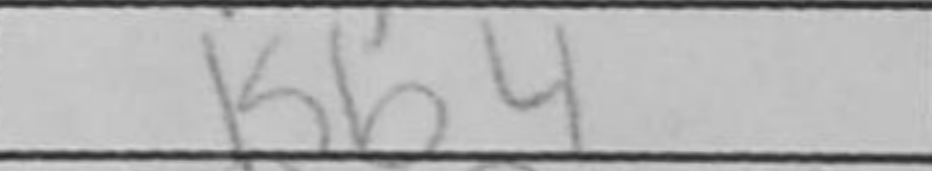
Transcription: Kb4